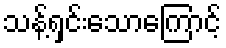
သန့်ရှင်းသောကြောင့်